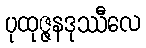
ပုထုဇ္ဇနဒုဿီလေ